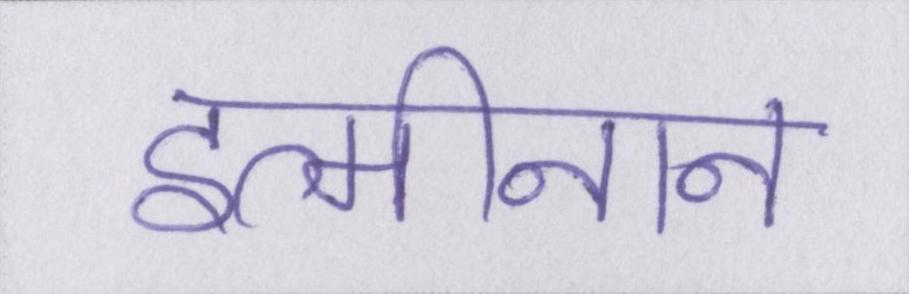
इत्मीनान